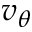
v _ { \theta }